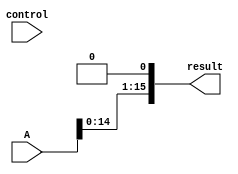
module shiftleft_16bits(input [15:0] A, input control, output[15:0] result);

    or oring0(result[0], 1'b0, 1'b0);

	// generation variable to prevent repetition
	genvar i;
	// NOTE: FOR LOOP IN GENERATE IS NOT BEHAVIORAL. IT JUST TO PREVENT REPETITION.	
	// for loop for and1
	generate
		for (i=1; i<=15; i = i+1) begin: myoring
			or oring2(result[i] , A[i-1], 1'b0);
		end
	endgenerate
endmodule